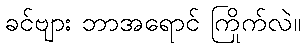
ခင်ဗျား ဘာအရောင် ကြိုက်လဲ။